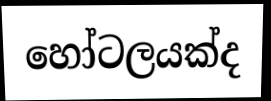
හෝටලයක්ද